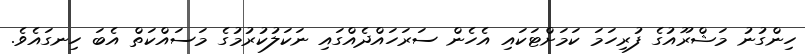
ހިންގުނު މަޝްރޫއުގެ ފުރިހަމަ ކަމަށްޓަކައި އެހެން ސަރަހައްދެއްގައި ނަކަލުކުރުމުގެ މަސައްކަތް އެބަ ހިނގައެވެ.